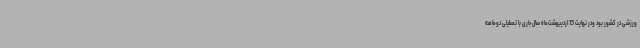
ورزشی در کشور بود ودر نهایت 15 اردیبهشت‌ماه سال جاری با تعطیلی دوماهه